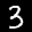
Label: 3